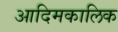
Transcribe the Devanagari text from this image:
आदिमकालिक